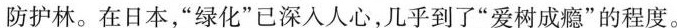
防护林。在日本，”绿化”已深入人心，几乎到了”爱树成瘾”的程度。